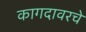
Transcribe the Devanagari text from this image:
कागदावरचे